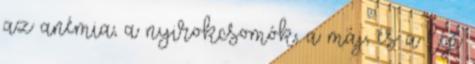
az anémia, a nyirokcsomók, a máj, és a lép